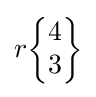
r{\begin{Bmatrix}4\\3\end{Bmatrix}}